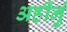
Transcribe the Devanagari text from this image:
अहींनुं